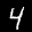
Label: 4